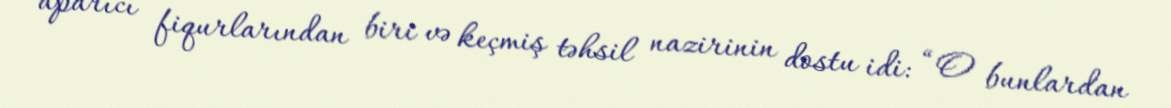
aparıcı fiqurlarından biri və keçmiş təhsil nazirinin dostu idi: “O bunlardan